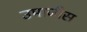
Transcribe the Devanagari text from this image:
उमाजीस